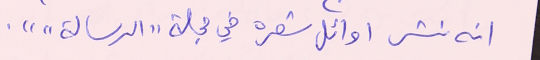
انه نشر اوائل شعره في مجلة "الرسالة"".